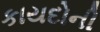
કાયદોની